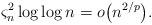
LaTeX: \begin{align*} \varsigma_n^2 \log\log n = o\bigl(n^{2/p}\bigr).\end{align*}